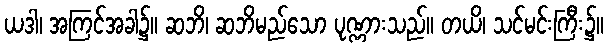
ယဒါ၊ အကြင်အခါ၌။ ဆဘိ၊ ဆဘိမည်သော ပုဏ္ဏားသည်။ တယိ၊ သင်မင်းကြီး၌။